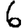
Digit: 6